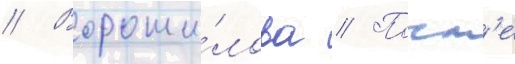
// Вороши́лова // Посл'е